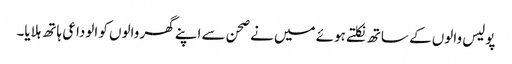
پولیس والوں کے ساتھ نکلتے ہوئے میں نے صحن سے اپنے گھر والوں کو الوداعی ہاتھ ہلایا۔